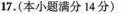
17.(本小题满分14分)